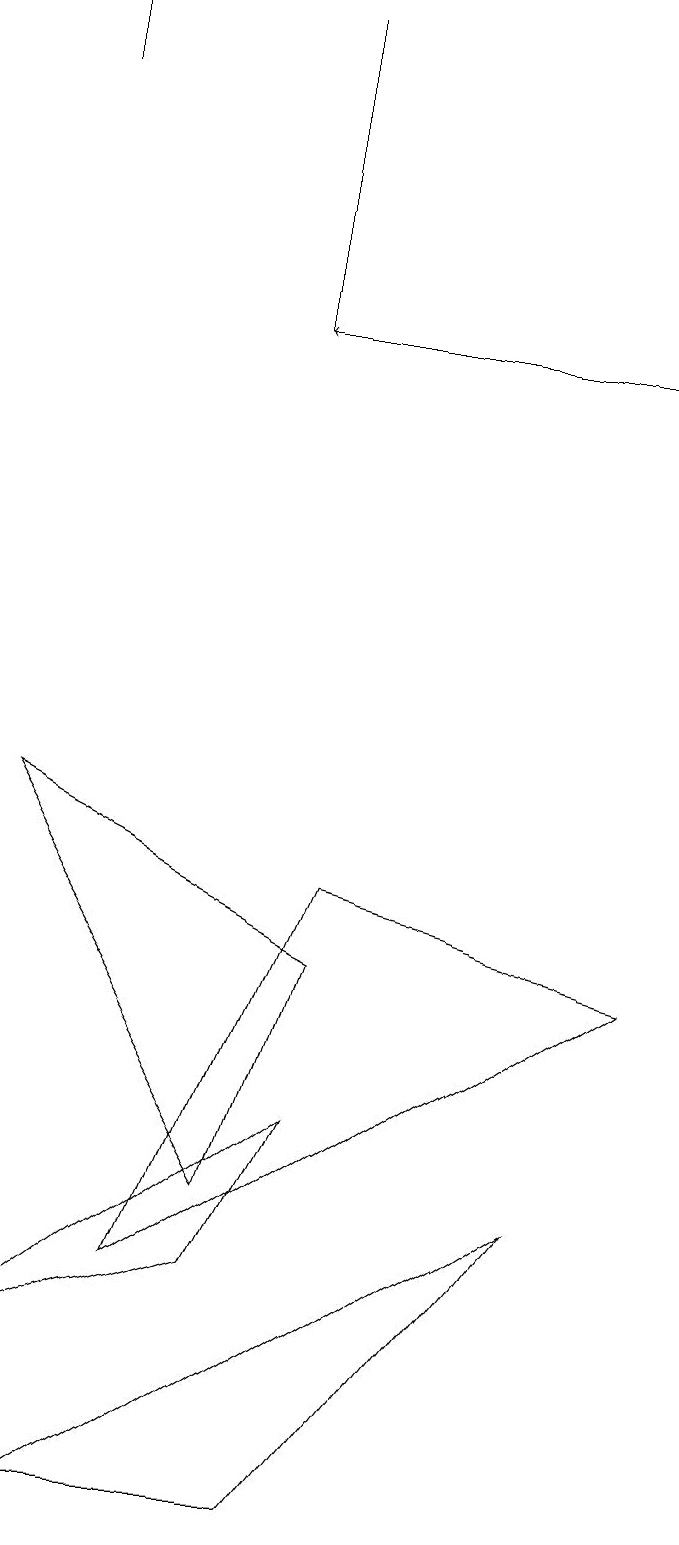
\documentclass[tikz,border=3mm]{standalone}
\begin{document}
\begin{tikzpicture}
\draw (3,15) rectangle (3,19);
\draw (0,9) -- (4,7) -- (3,4) -- cycle;
\draw (1,0) -- (7,4) -- (4,0) -- cycle;
\draw (4,8) -- (2,3) -- (8,7) -- cycle;
\draw (0,2) -- (4,5) -- (3,3) -- cycle;
\draw (0,18) rectangle (0,19);
\draw[->] (8,15) -- (3,15);
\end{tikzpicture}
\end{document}